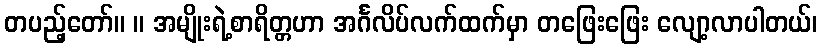
တပည့်တော်။ ။ အမျိုးရဲ့စာရိတ္တဟာ အင်္ဂလိပ်လက်ထက်မှာ တဖြေးဖြေး လျော့လာပါတယ်၊